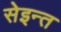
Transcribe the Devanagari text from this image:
सेइन्त